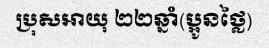
ប្រុសអាយុ ២២ឆ្នាំ(ប្អូនថ្លៃ)